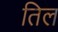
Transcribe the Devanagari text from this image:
तिल